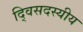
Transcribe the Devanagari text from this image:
द्विसदस्यीय